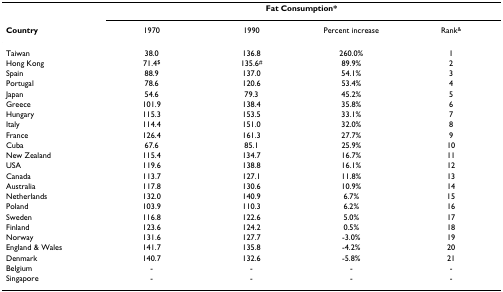
<table><thead><tr><td></td><td colspan="4"><b>Fat Consumption*</b></td></tr><tr><td><b>Country</b></td><td><b>1970</b></td><td><b>1990</b></td><td><b>Percent increase</b></td><td><b>Rank<sup>&amp;</sup></b></td></tr></thead><tbody><tr><td>Taiwan</td><td>38.0</td><td>136.8</td><td>260.0%</td><td>1</td></tr><tr><td>Hong Kong</td><td>71.4<sup>$</sup></td><td>135.6<sup>#</sup></td><td>89.9%</td><td>2</td></tr><tr><td>Spain</td><td>88.9</td><td>137.0</td><td>54.1%</td><td>3</td></tr><tr><td>Portugal</td><td>78.6</td><td>120.6</td><td>53.4%</td><td>4</td></tr><tr><td>Japan</td><td>54.6</td><td>79.3</td><td>45.2%</td><td>5</td></tr><tr><td>Greece</td><td>101.9</td><td>138.4</td><td>35.8%</td><td>6</td></tr><tr><td>Hungary</td><td>115.3</td><td>153.5</td><td>33.1%</td><td>7</td></tr><tr><td>Italy</td><td>114.4</td><td>151.0</td><td>32.0%</td><td>8</td></tr><tr><td>France</td><td>126.4</td><td>161.3</td><td>27.7%</td><td>9</td></tr><tr><td>Cuba</td><td>67.6</td><td>85.1</td><td>25.9%</td><td>10</td></tr><tr><td>New Zealand</td><td>115.4</td><td>134.7</td><td>16.7%</td><td>11</td></tr><tr><td>USA</td><td>119.6</td><td>138.8</td><td>16.1%</td><td>12</td></tr><tr><td>Canada</td><td>113.7</td><td>127.1</td><td>11.8%</td><td>13</td></tr><tr><td>Australia</td><td>117.8</td><td>130.6</td><td>10.9%</td><td>14</td></tr><tr><td>Netherlands</td><td>132.0</td><td>140.9</td><td>6.7%</td><td>15</td></tr><tr><td>Poland</td><td>103.9</td><td>110.3</td><td>6.2%</td><td>16</td></tr><tr><td>Sweden</td><td>116.8</td><td>122.6</td><td>5.0%</td><td>17</td></tr><tr><td>Finland</td><td>123.6</td><td>124.2</td><td>0.5%</td><td>18</td></tr><tr><td>Norway</td><td>131.6</td><td>127.7</td><td>-3.0%</td><td>19</td></tr><tr><td>England &amp; Wales</td><td>141.7</td><td>135.8</td><td>-4.2%</td><td>20</td></tr><tr><td>Denmark</td><td>140.7</td><td>132.6</td><td>-5.8%</td><td>21</td></tr><tr><td>Belgium</td><td>-</td><td>-</td><td>-</td><td>-</td></tr><tr><td>Singapore</td><td>-</td><td>-</td><td>-</td><td>-</td></tr></tbody></table>